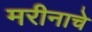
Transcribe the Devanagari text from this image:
मरीनाचे